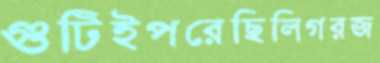
গুটিইপরেছিলিগরজ